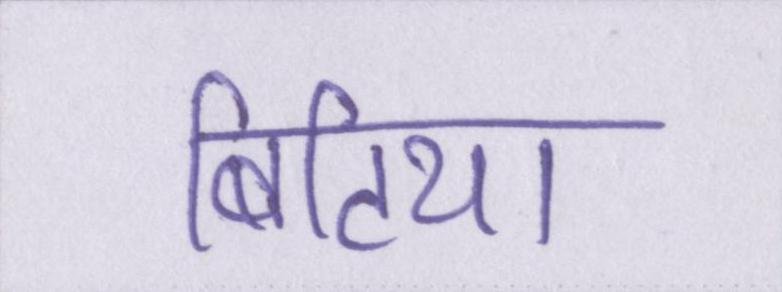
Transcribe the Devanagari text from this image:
बिटिया